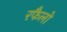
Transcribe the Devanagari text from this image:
रफैलो